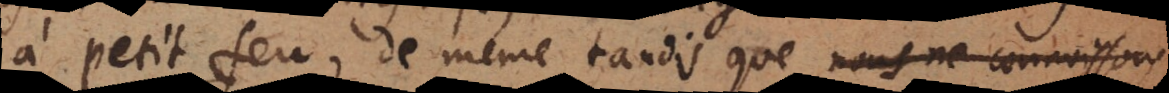
à petit feu, de même tandis que nous ne connois